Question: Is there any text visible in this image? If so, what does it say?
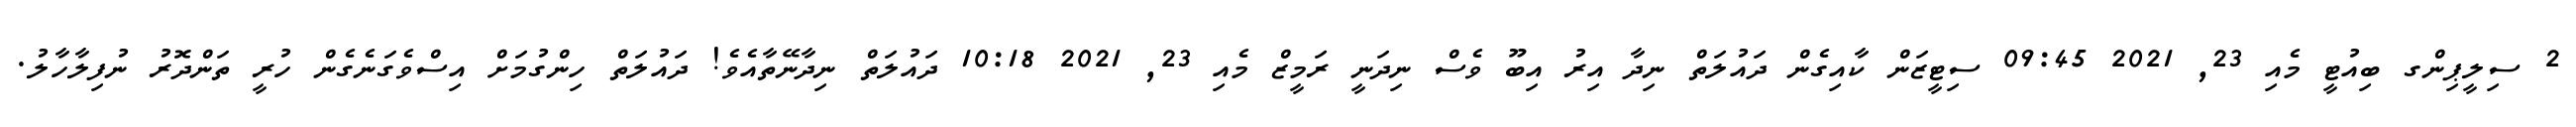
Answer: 2 ސިލީޕިންގ ބިއުޓީ މެއި 23, 2021 09:45 ސިޓީޒަން ކާއިގެން ދައުލަތް ނިދާ އިރު އިބޫ ވެސް ނިދަނީ ރަމީޒް މެއި 23, 2021 10:18 ދައުލަތް ނިދާނޭތާއެވެ! ދައުލަތް ހިންގުމަށް އިސްވެގަނެގެން ހުރީ ތަންދޮރު ނުފިލާހާލު.